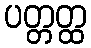
ပတ္တတ္ထ